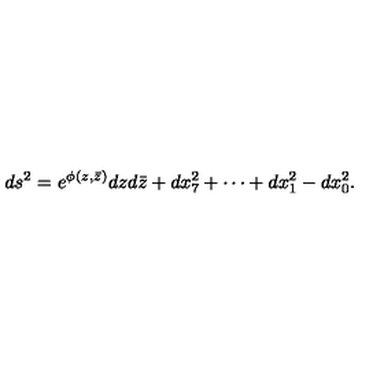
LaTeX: d s ^ { 2 } = e ^ { \phi ( z , \bar { z } ) } d z d \bar { z } + d x _ { 7 } ^ { 2 } + \cdots + d x _ { 1 } ^ { 2 } - d x _ { 0 } ^ { 2 } .